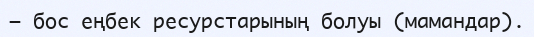
— бос еңбек ресурстарының болуы (мамандар).